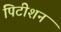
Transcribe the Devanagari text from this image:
पिटीशन